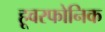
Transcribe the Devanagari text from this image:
हूवरफोनिक